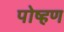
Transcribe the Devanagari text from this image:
पोष्हण